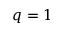
q = 1